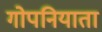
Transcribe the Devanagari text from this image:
गोपनियाता